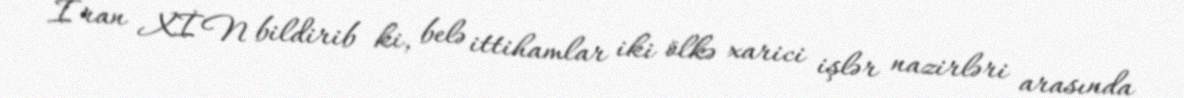
İran XİN bildirib ki, belə ittihamlar iki ölkə xarici işlər nazirləri arasında